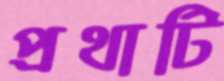
প্রথাটি